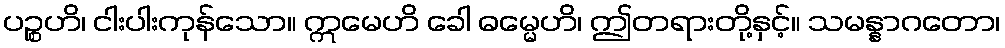
ပဉ္စဟိ၊ ငါးပါးကုန်သော။ ဣမေဟိ ခေါ ဓမ္မေဟိ၊ ဤတရားတို့နှင့်။ သမန္နာဂတော၊